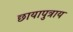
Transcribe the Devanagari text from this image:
छायापुत्राय